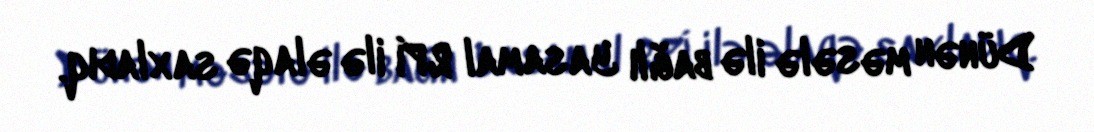
Dünən məsələ ilə bağlı Yasamal RPİ ilə əlaqə saxladıq.